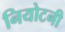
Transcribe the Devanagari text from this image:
नियोटनी